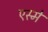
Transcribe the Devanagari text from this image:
एस्मे